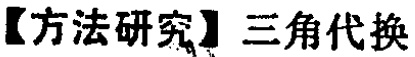
【方法研究】三角代换